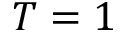
T = 1